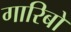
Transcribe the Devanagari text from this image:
गारिबो